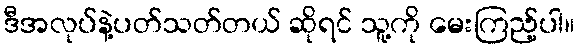
ဒီအလုပ်နဲ့ပတ်သတ်တယ် ဆိုရင် သူ့ကို မေးကြည့်ပါ။